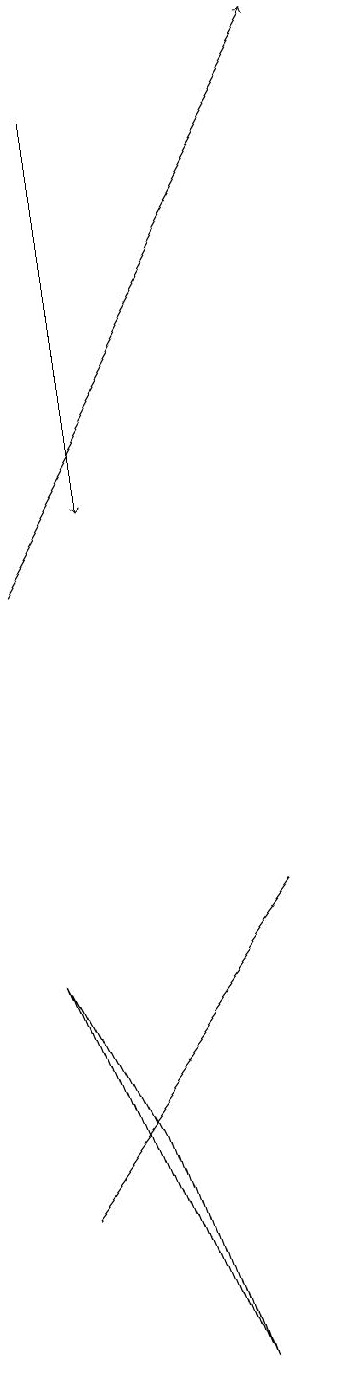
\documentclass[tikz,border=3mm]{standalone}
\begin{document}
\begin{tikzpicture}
\draw[->] (2,12) -- (6,19);
\draw (2,7) -- (3,5) -- (4,2) -- cycle;
\draw[->] (3,18) -- (3,13);
\draw (2,4) -- (5,8) -- (5,8) -- cycle;
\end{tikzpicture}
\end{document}